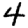
Digit: 4